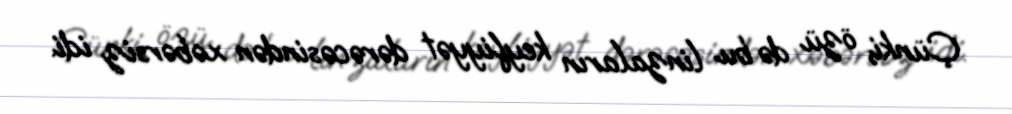
Çünki, özü də bu linzaların keyfiyyət dərəcəsindən xəbərsiz idi.